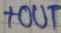
Text: +OUT